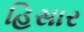
હિસાર